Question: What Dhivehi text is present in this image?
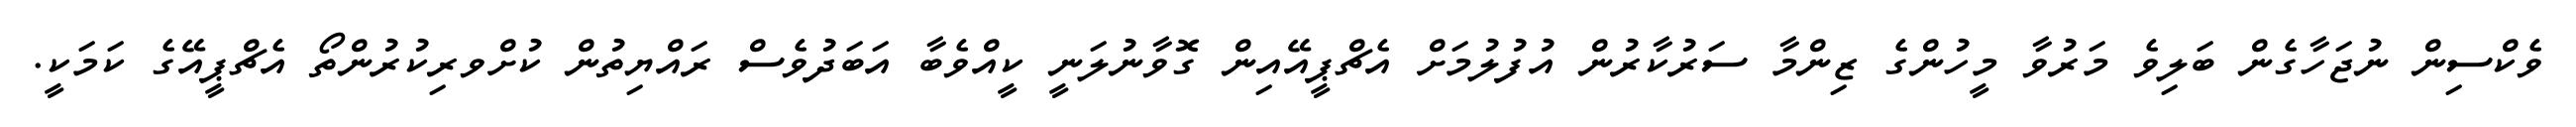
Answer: ވެކްސިން ނުޖަހާގެން ބަލިވެ މަރުވާ މީހުންގެ ޒިންމާ ސަރުކާރުން އުފުލުމަށް އެޗްޕީއޭއިން ގޮވާނުލަނީ ކީއްވެބާ އަބަދުވެސް ރައްޔިތުން ކުށްވރިކުރުންތޯ އެޗްޕީއޭގެ ކަމަކީ.